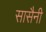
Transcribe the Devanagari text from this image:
सासैनी